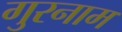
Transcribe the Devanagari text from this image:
गुरनाम